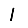
Digit: 1